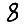
Digit: 8